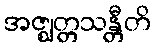
အဇ္ဈတ္တသန္တီတိ